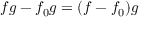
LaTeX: f g - f _ { 0 } g = ( f - f _ { 0 } ) g